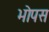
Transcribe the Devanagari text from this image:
भोपस